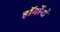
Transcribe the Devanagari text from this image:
हॉर्मोनो